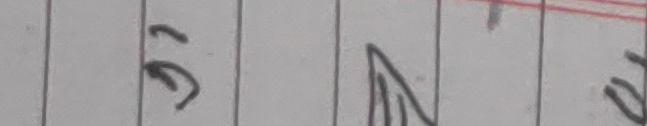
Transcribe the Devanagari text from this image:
९३ ८